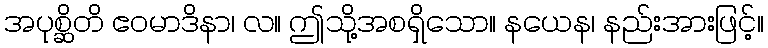
အပုစ္ဆိတိ ဧဝမာဒိနာ၊ လ။ ဤသို့အစရှိသော။ နယေန၊ နည်းအားဖြင့်။